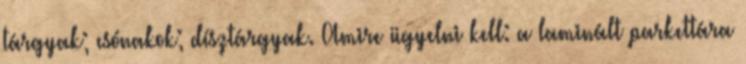
tárgyak; csónakok; dísztárgyak. Amire ügyelni kell: a laminált parkettára